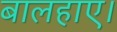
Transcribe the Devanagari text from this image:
बालहाए।